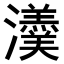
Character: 𤄂